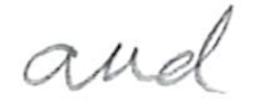
Text: and
Cross-out: clean
Writing tool: pencil